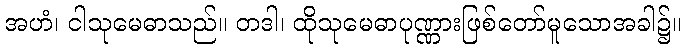
အဟံ၊ ငါသုမေဓာသည်။ တဒါ၊ ထိုသုမေဓာပုဏ္ဏားဖြစ်တော်မူသောအခါ၌။